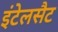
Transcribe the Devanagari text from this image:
इंटेलसैट